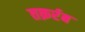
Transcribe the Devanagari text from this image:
तक़र्रब